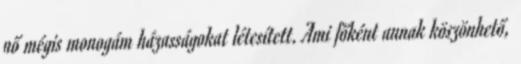
nő mégis monogám házasságokat létesített. Ami főként annak köszönhető,